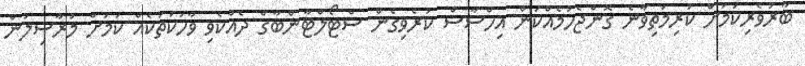
ބާރުވެރިކަމަށް ކުރިމަތިވާނެ ގޮންޖެހުމެއްކަން އިހްސާސް ކުރެވިގެން ސްޓޯލްޓާންބާގް ދެއްކެވި ވާހަކަތަކެއް ކަމަށް މުރާސިލުން